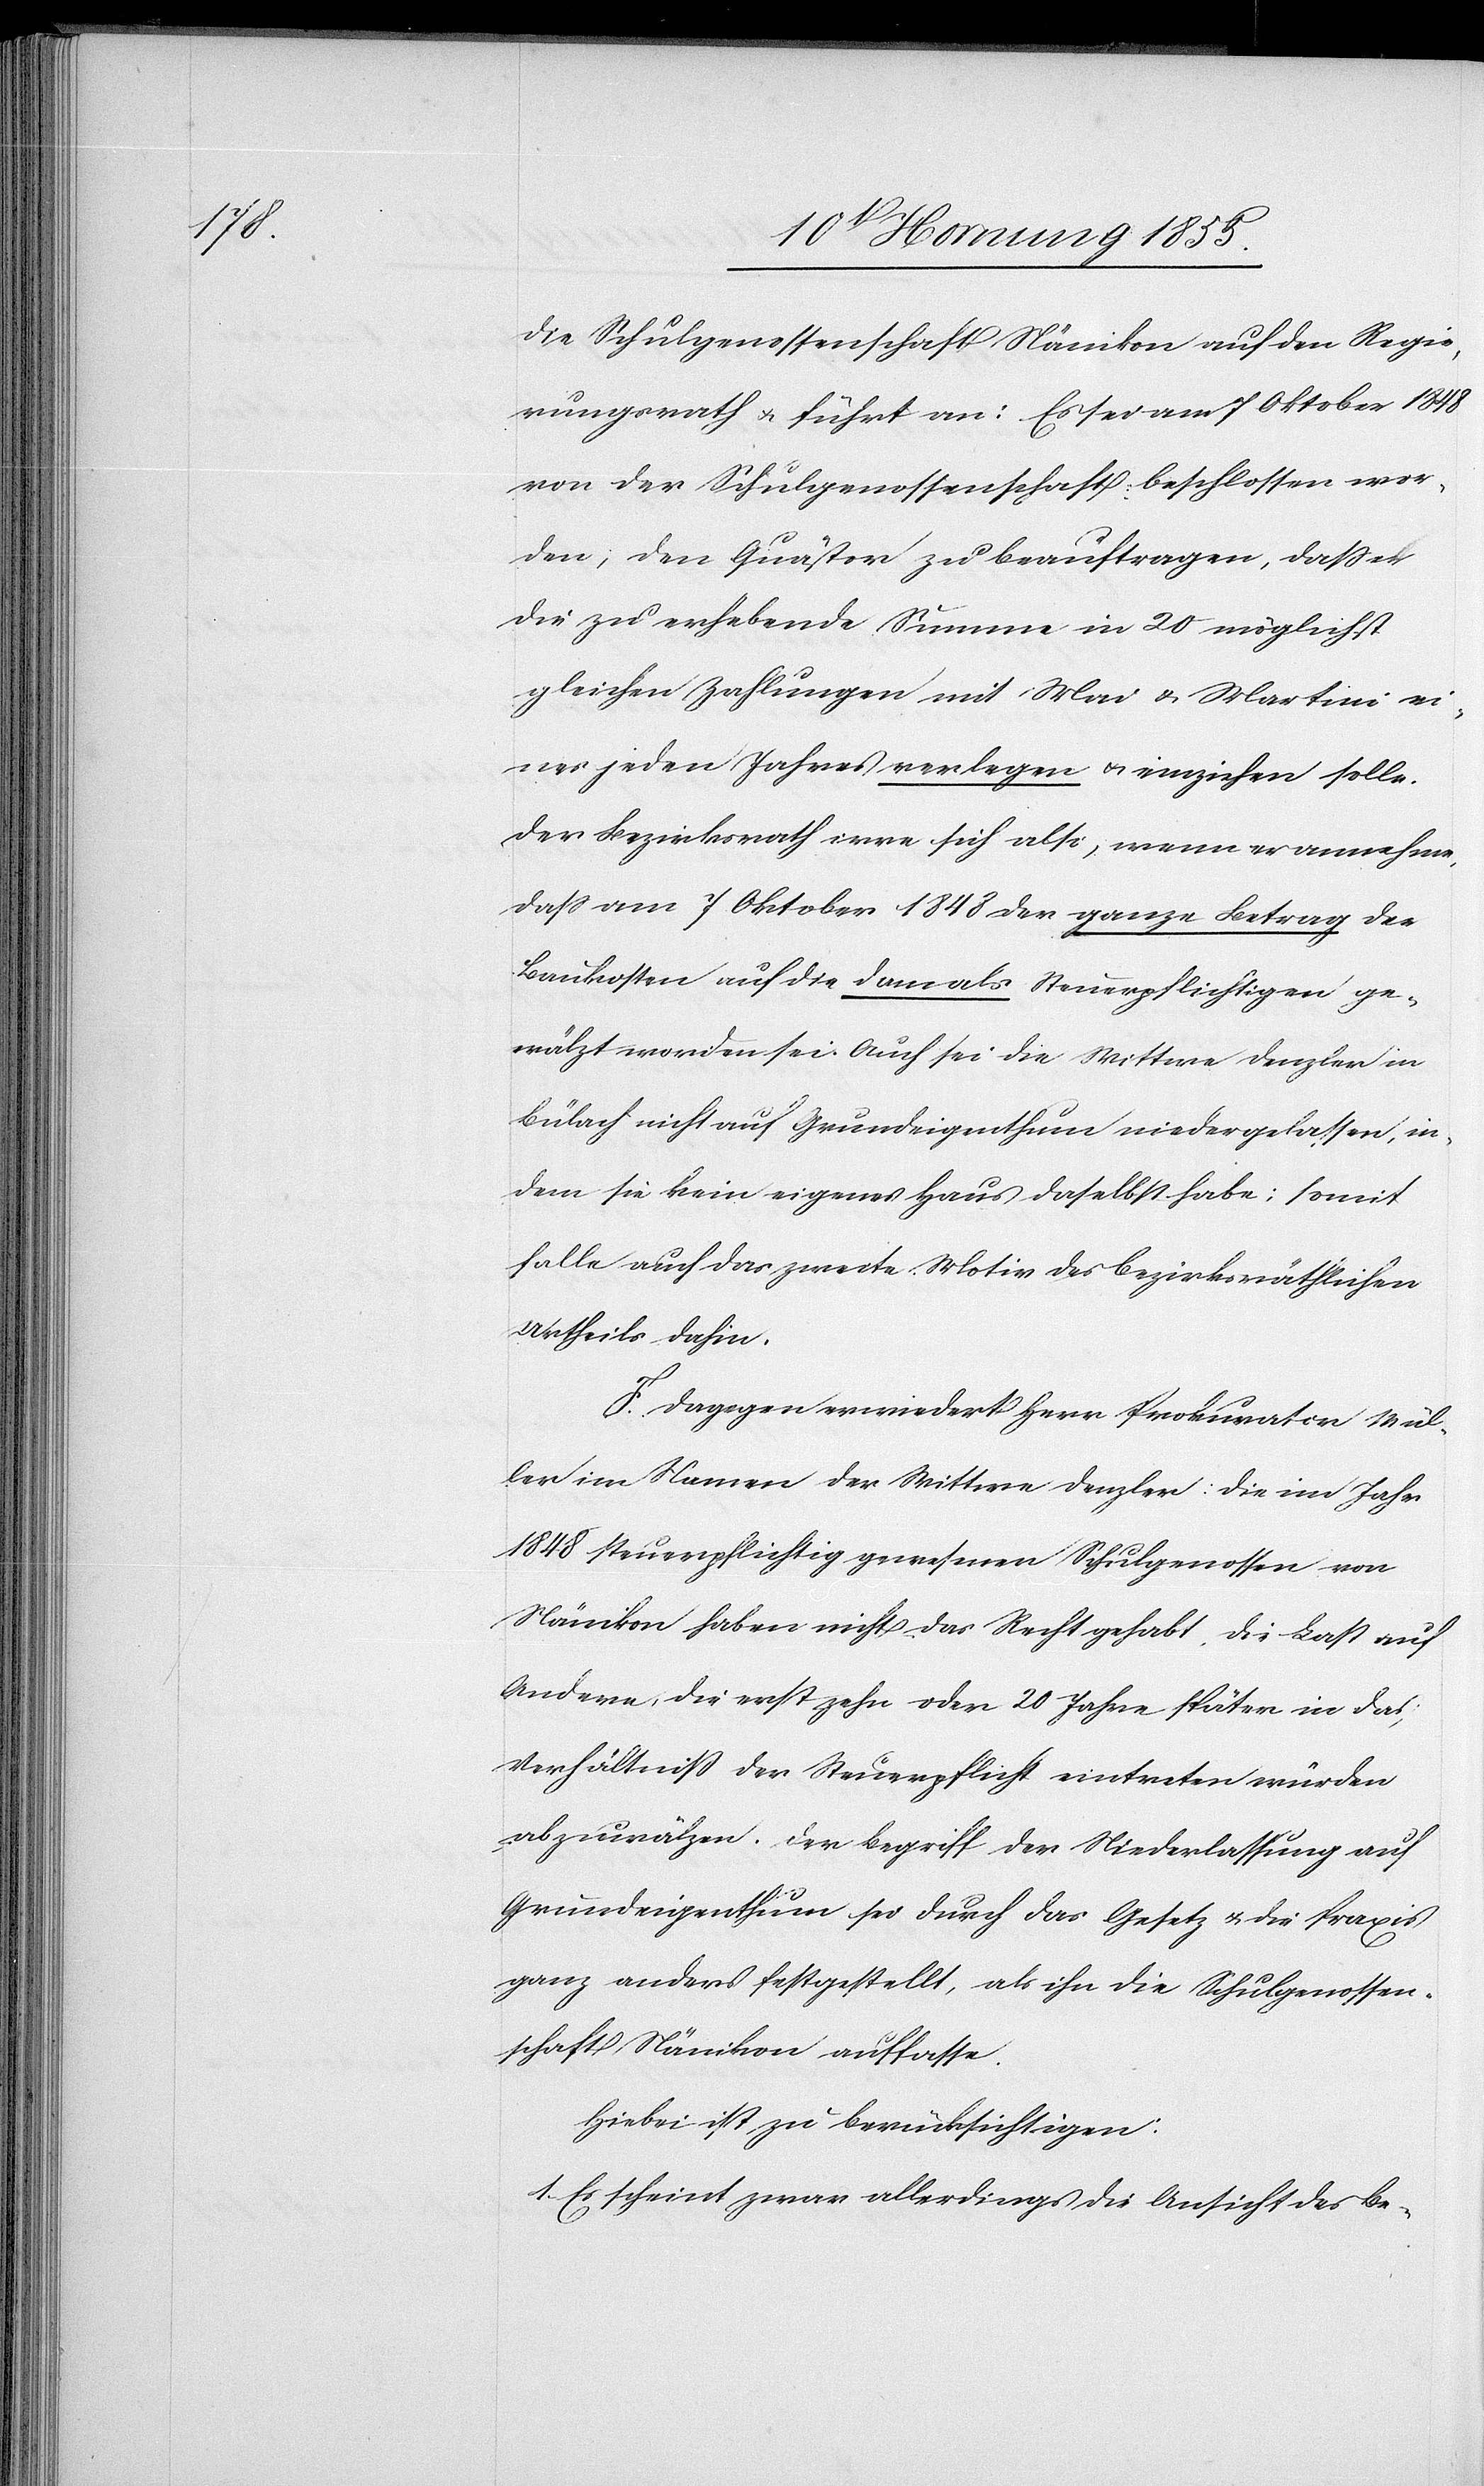
die Schulgenossenschaft Nänikon auf den Regie¬
rungsrath & führt an: Es sei am 7 Oktober 1848
von der Schulgenossenschaft beschlossen wor¬
den, den Quästor zu beauftragen, dass er
die zu erhebende Summe in 20 möglichst
gleichen Zahlungen mit Mai & Martini ei¬
nes jeden Jahres verlegen & einziehen solle.
Der Bezirksrath irre sich also, wenn er annehme,
dass am 7 Oktober 1848 der ganze Betrag der
Baukosten auf die damals Steuerpflichtigen ge¬
wälzt worden sei. Auch sei die Wittwe Denzler in
Bülach nicht auf Grundeigenthum niedergelassen, in¬
dem sie kein eigenes Haus daselbst habe; somit
falle auch das zweite Motiv des bezirksräthlichen
Urtheils dahin.
F. Dagegen erwiedert Herr Prokurator Mül¬
ler im Namen der Wittwe Denzler: Die im Jahr
1848 steuerpflichtig gewesenen Schulgenossen von
Nänikon haben nicht das Recht gehabt, die Last auf
Andere, die erst zehn oder 20 Jahre später in das
Verhältniß der Steuerpflicht eintreten würden
abzuwälzen. Der Begriff der Niederlassung auf
Grundeigenthum sei durch das Gesetz & die Praxis
ganz anders festgestellt, als ihn die Schulgenossen¬
schaft Nänikon auffasse.
Hiebei ist zu berücksichtigen:
1. Es scheint zwar allerdings die Ansicht des Be-